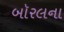
બૉરલના